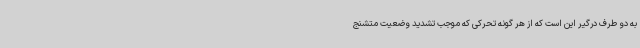
به دو طرف درگیر این است که از هر گونه تحرکی که موجب تشدید وضعیت متشنج